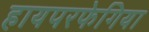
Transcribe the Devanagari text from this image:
हायपरफेगिया